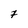
Character: 7